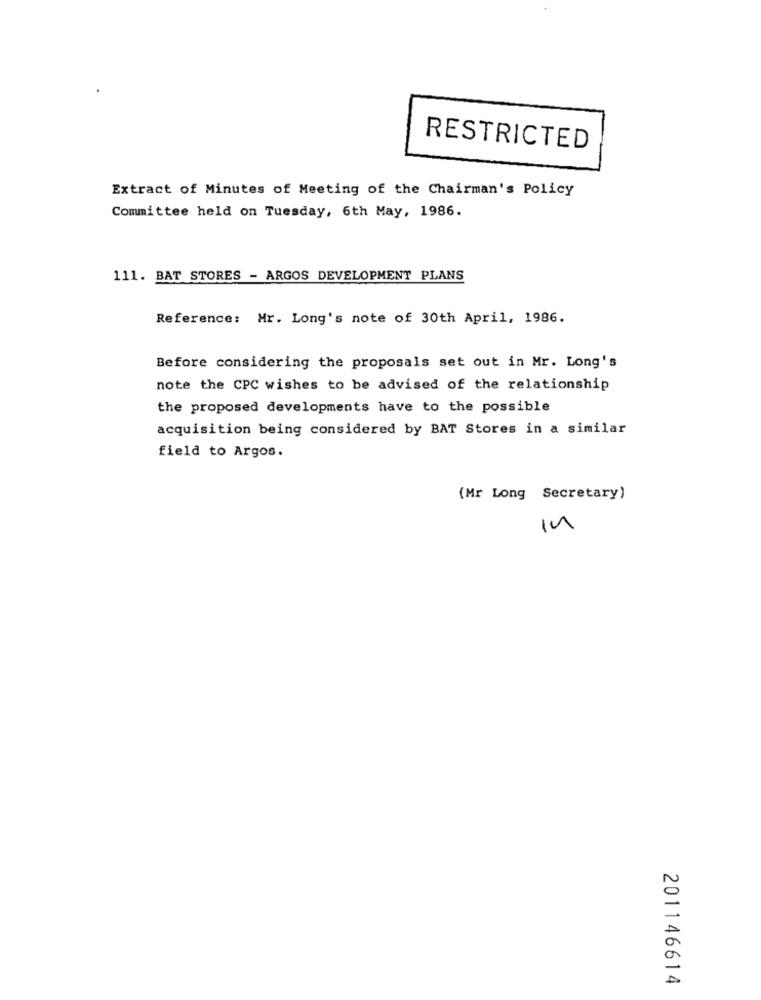
RESTRICTED
Extract of Minutes of Meeting of the Chairman's Policy
Committee held on Tuesday, 6th May, 1986.
111. BAT STORES - ARGOS DEVELOPMENT PLANS
Reference: Mr. Long's note of 30th April, 1986.
Before considering the proposals set out in Mr. Long's
note the CPC wishes to be advised of the relationship
the proposed developments have to the possible
acquisition being considered by BAT Stores in a similar
field to Argos.
(Mr Long Secretary)
in
201146614